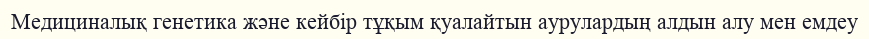
Медициналық генетика және кейбір тұқым қуалайтын аурулардың алдын алу мен емдеу